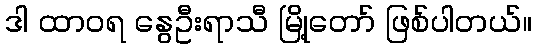
ဒါ ထာဝရ နွေဦးရာသီ မြို့တော် ဖြစ်ပါတယ်။